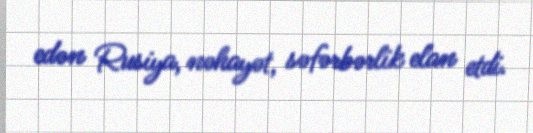
edən Rusiya, nəhayət, səfərbərlik elan etdi.